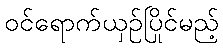
ဝင်ရောက်ယှဉ်ပြိုင်မည့်